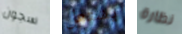
سجون يشتعل نظارة